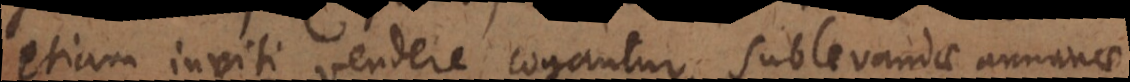
etiam inviti vendere cogantur, sublevandae annonae